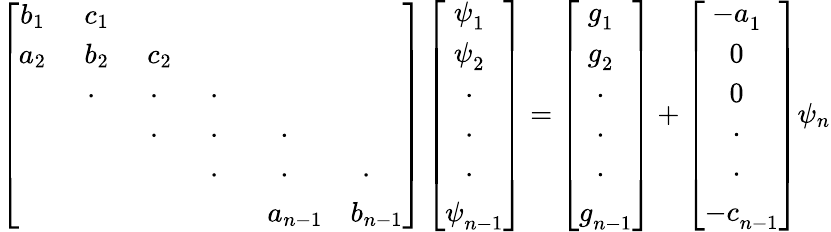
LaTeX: \left[\begin{array}{ccccccc}{b_{1~~}}&{c_{1~~}}&&&&\\ {a_{2~~}}&{b_{2~~}}&{c_{2~~}}&&&\\ &{\cdot{~~~}}&{\cdot{~~~}}&{\cdot{~~~}}&&\\ &&{\cdot{~~~}}&{\cdot{~~~}}&{\cdot{~~~}}&\\ &&&{\cdot{~~~}}&{\cdot{~~~}}&{\cdot{~~~}}\\ &&&&{a_{n-1}}&{b_{n-1}}\end{array}\right]\left[{\begin{array}{c}{\psi_{1~~}^{~}}\\ {\psi_{2~~}^{~}}\\ {~\cdot_{~~~}}\\ {~\cdot_{~~~}}\\ {~\cdot_{~~~}}\\ {\psi_{n-1}^{~}}\end{array}}\right]=\left[{\begin{array}{c}{g_{1~~}^{~}}\\ {g_{2~~}^{~}}\\ {~\cdot_{~~~}}\\ {~\cdot_{~~~}}\\ {~\cdot_{~~~}}\\ {g_{n-1}^{~}}\end{array}}\right]+\left[{\begin{array}{c}{-a_{1~~}^{~}}\\ {~0_{~~~}^{~}}\\ {~0_{~~~}^{~}}\\ {~\cdot_{~~~}}\\ {~\cdot_{~~~}}\\ {-c_{n-1}^{~}}\end{array}}\right]\psi_{n}